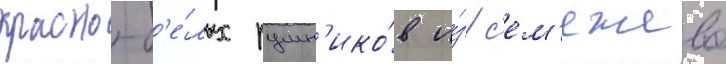
красно-б'е́лых рушн'ико́в и́з с'ем'ежево